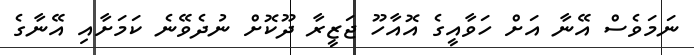
ނަމަވެސް އޭނާ އަށް ހަވާއީގެ އޮއާހޫ ޖަޒީރާ ދޫކޮށް ނުދެވޭނެ ކަމަށާއި އޭނާގެ